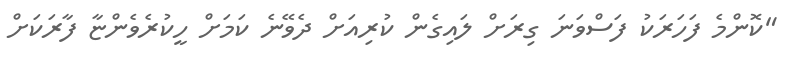
"ކޮންމެ ފަހަރަކު ފަސްވަނަ ގިރަށް ލައިގެން ކުރިއަށް ދެވޭނެ ކަމަށް ހީކުރެވެންޏާ ފާރަކަށް